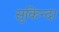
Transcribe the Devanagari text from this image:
सुकिन्दा